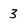
Character: 3